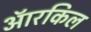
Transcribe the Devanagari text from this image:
ऑरकिल